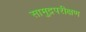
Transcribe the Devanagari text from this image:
सामुद्रपरीक्षण